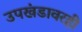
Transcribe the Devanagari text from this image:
उपखंडावरही